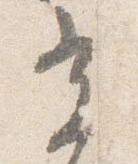
光